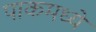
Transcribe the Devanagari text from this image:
पाकमध्ये